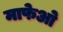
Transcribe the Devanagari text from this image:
माफेओ